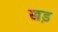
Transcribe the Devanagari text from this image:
खड़